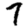
Digit: 7